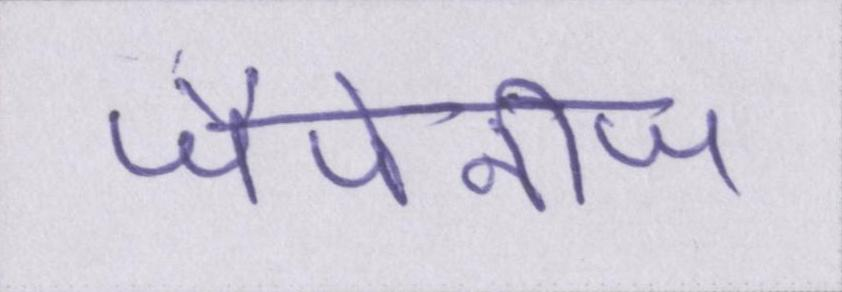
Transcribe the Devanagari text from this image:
जैपेनीज